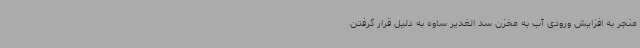
منجر به افزایش ورودی آب به مخزن سد الغدیر ساوه به دلیل قرار گرفتن